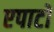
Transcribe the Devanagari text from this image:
एपाटो